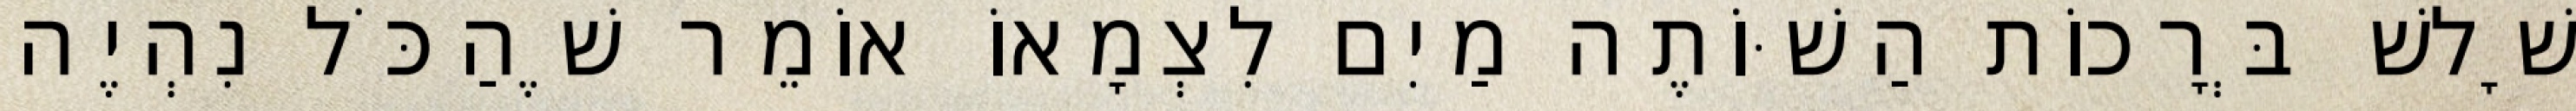
שָׁלשׁ בְּרָכוֹת הַשּׁוֹתֶה מַיִם לִצְמָאוֹ אוֹמֵר שֶׁהַכֹּל נִהְיֶה